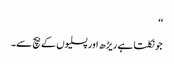
‘‘
جو نکلتا ہے ریڑھ اور پسلیوں کے بیچ سے۔